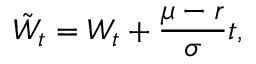
{ \tilde { W } } _ { t } = W _ { t } + { \frac { \mu - r } { \sigma } } t ,